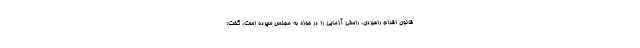
قانون اقدام راهبردی، راستی آزمایی را در حوزه به مجلس سپرده است، گفت: